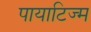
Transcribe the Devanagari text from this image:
पायाटिज्म